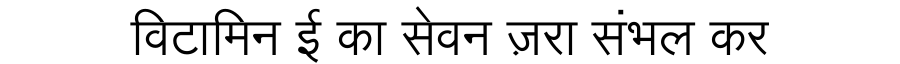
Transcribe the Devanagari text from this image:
विटामिन ई का सेवन ज़रा संभल कर